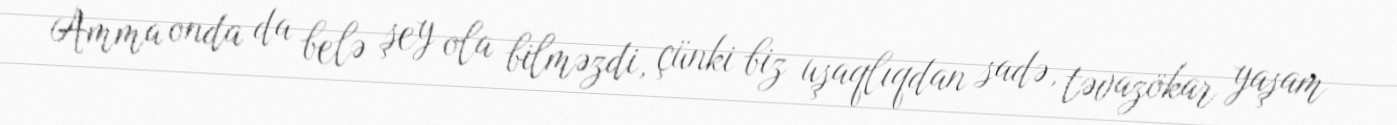
Amma onda da belə şey ola bilməzdi, çünki biz uşaqlıqdan sadə, təvazökar yaşam